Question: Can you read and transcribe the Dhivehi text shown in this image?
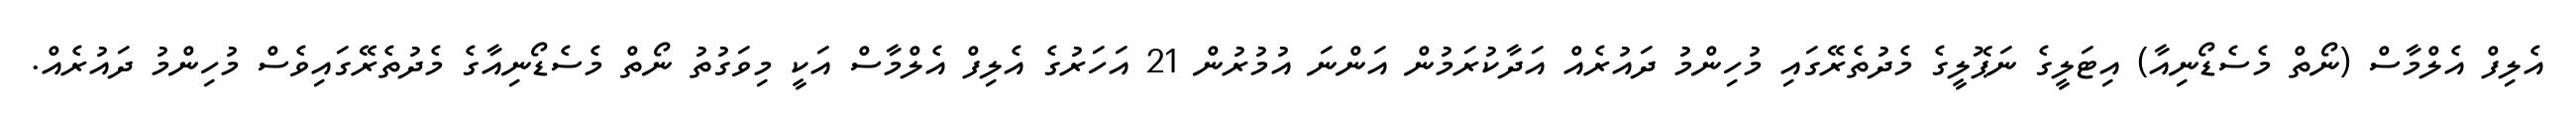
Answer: އެލިފް އެލްމާސް (ނޯތް މެސެޑޯނިއާ) އިޓަލީގެ ނަޕޮލީގެ މެދުތެރޭގައި މުހިންމު ދައުރެއް އަދާކުރަމުން އަންނަ އުމުރުން 21 އަހަރުގެ އެލިފް އެލްމާސް އަކީ މިވަގުތު ނޯތް މެސެޑޯނިއާގެ މެދުތެރޭގައިވެސް މުހިންމު ދައުރެއް.